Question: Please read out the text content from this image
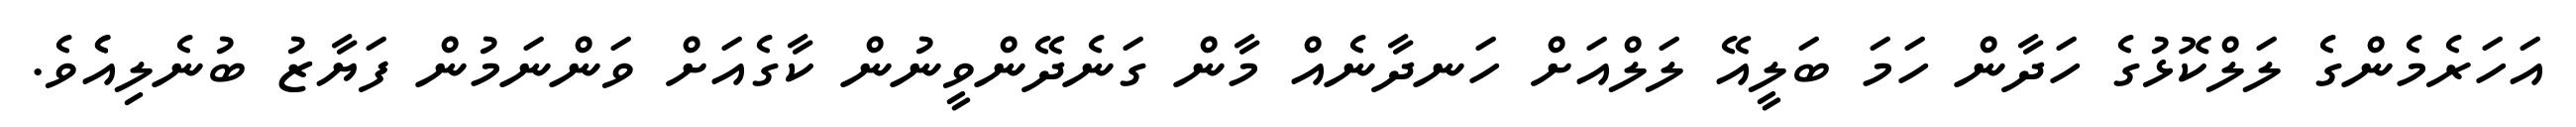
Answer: އަހަރެމެންގެ ލަލްކޮޅުގެ ހަދާން ހަމަ ބަލީއޭ ލަލްއަށް ހަނދާނެއް މާން ގަނެދޭންވީނުން ކާގެއަށް ވަންނަމުން ފަޔާޒު ބުނެލިއެެވެ.